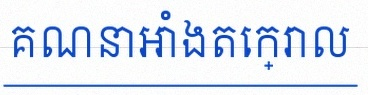
គណនាអាំងតេក្រាល